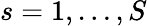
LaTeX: s=1,\ldots,S